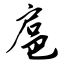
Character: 扈